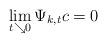
LaTeX: \begin{align*} \lim_{t \searrow 0} \Psi_{k,t} c = 0 \end{align*}